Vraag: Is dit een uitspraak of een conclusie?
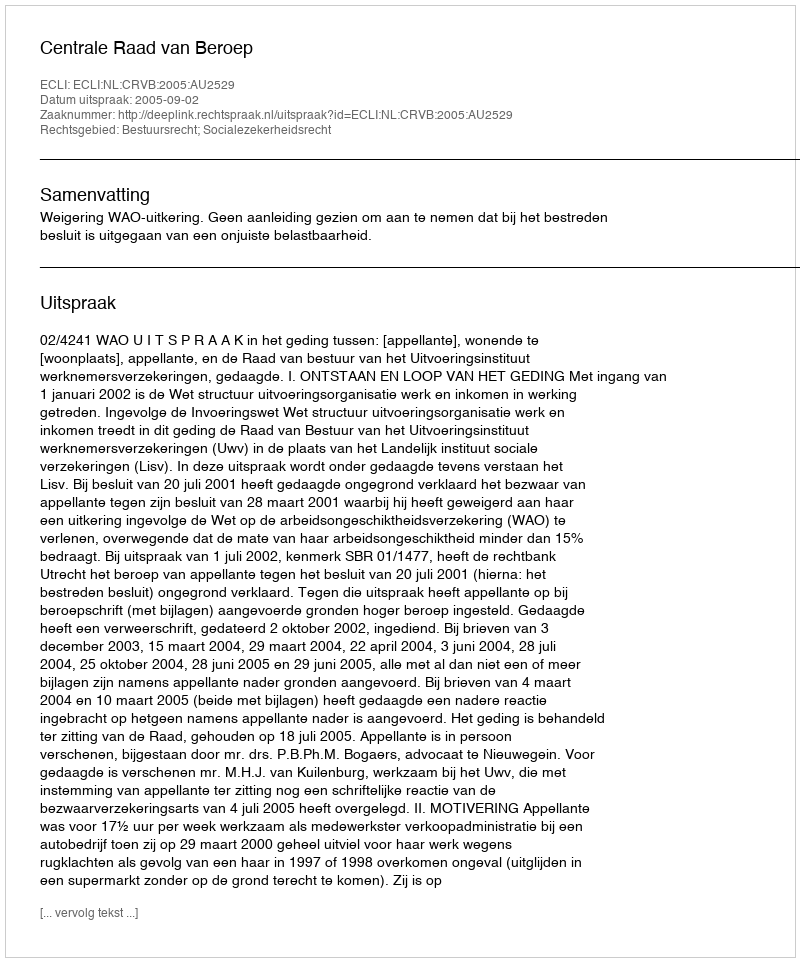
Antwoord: Uitspraak